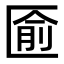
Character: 匬